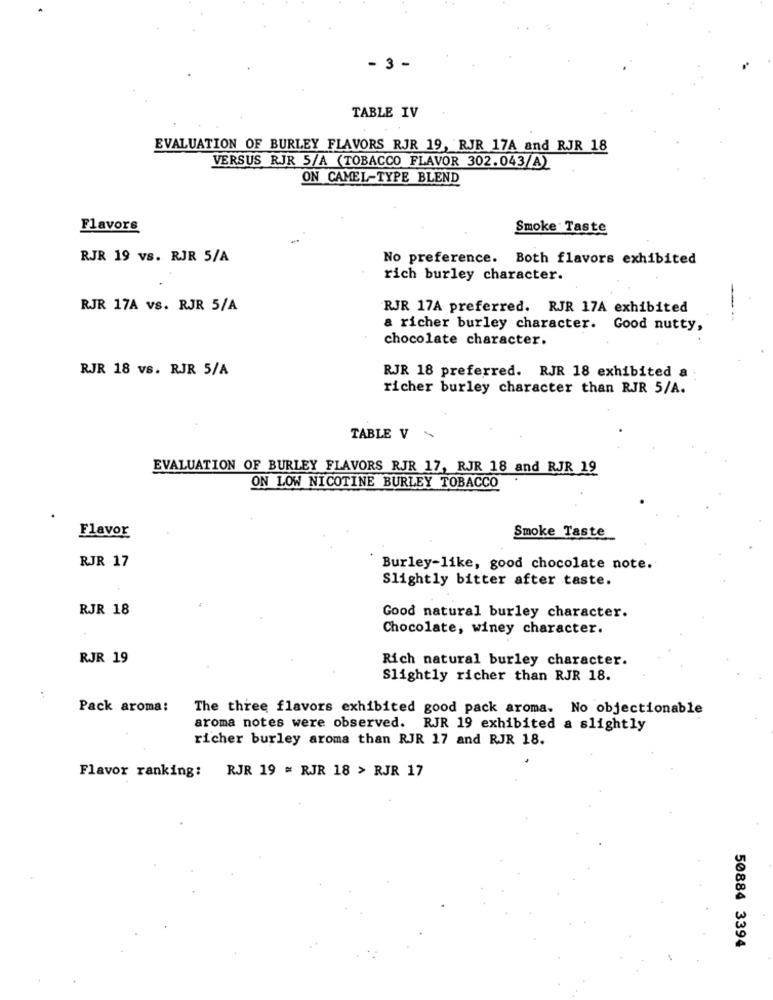
- 3 -
TABLE IV
EVALUATION OF BURLEY FLAVORS RJR 19, RJR 17A and RJR 18
VERSUS RJR 5/A (TOBACCO FLAVOR 302.043/A)
ON CAMEL-TYPE BLEND
Flavors
Smoke Taste
RJR 19 vs. RJR 5/A
No preference. Both flavors exhibited
rich burley character.
RJR 17A vs. RJR 5/A
RJR 17A preferred. RJR 17A exhibited
-
& richer burley character. Good nutty,
chocolate character.
RJR 18 vs. RJR 5/A
RJR 18 preferred. RJR 18 exhibited a
richer burley character than RJR 5/A.
TABLE V
EVALUATION OF BURLEY FLAVORS RJR 17, RJR 18 and RJR 19
ON LOW NICOTINE BURLEY TOBACCO
Flavor
Smoke Taste
RJR 17
Burley-like, good chocolate note.
Slightly bitter after taste.
RJR 18
Good natural burley character.
Chocolate, winey character.
RJR 19
Rich natural burley character.
Slightly richer than RJR 18.
Pack aroma:
The three flavors exhibited good pack aroma. No objectionable
aroma notes were observed. RJR 19 exhibited a slightly
richer burley aroma than RJR 17 and RJR 18.
Flavor ranking: RJR 19 = RJR 18 > RJR 17
50884 3394